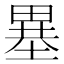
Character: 𤲲